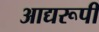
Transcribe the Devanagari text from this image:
आद्यरूपी